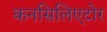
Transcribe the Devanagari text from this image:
कनसिलिएटोर